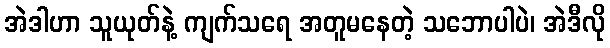
အဲဒါဟာ သူယုတ်နဲ့ ကျက်သရေ အတူမနေတဲ့ သဘောပါပဲ၊ အဲဒီလို